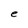
Character: e